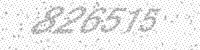
Solution: 826515